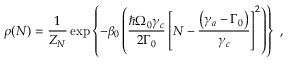
\rho ( N ) = \frac { 1 } { Z _ { N } } \exp \left\{ - \beta _ { 0 } \left( \frac { \hbar \Omega _ { 0 } \gamma _ { c } } { 2 \Gamma _ { 0 } } \left[ N - \frac { \left( \gamma _ { a } - \Gamma _ { 0 } \right) } { \gamma _ { c } } \right] ^ { 2 } \right) \right\} \mathrm { ~ , ~ }